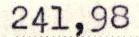
241,98